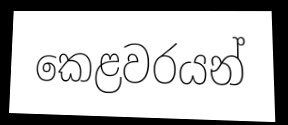
කෙළවරයන්